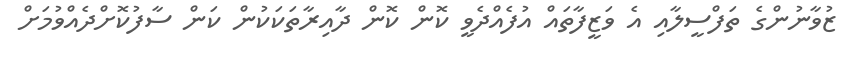
ޒުވާނުންގެ ތަފްސީލާއި އެ ވަޒީފާތައް އުފެއްދެވީ ކޮން ކޮން ދާއިރާތަކަކުން ކަން ސާފުކޮށްދެއްވުމަށް